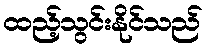
ထည့်သွင်းနိုင်သည်